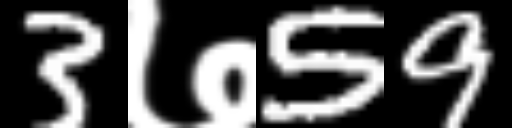
Text: 3७59